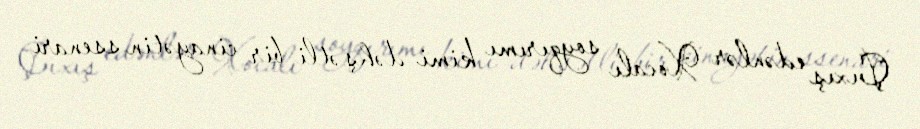
Çıxış edənlər Xocalı soyqırımı kimi dəhşətli bir cinayətin ssenari